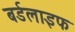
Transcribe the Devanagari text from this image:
बर्डलाइफ